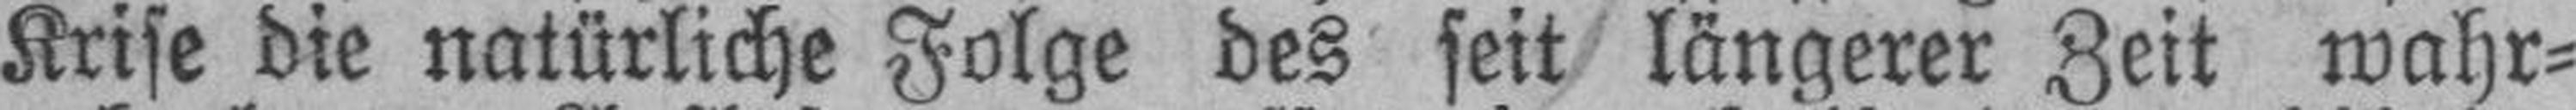
Krise die natürliche Folge des seit längerer Zeit wahr¬